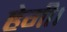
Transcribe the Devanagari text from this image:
हेगी।